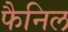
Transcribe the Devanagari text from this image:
फैनिल